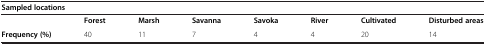
<table><thead><tr><td colspan="8"><b>Sampled locations</b></td></tr></thead><tbody><tr><td> </td><td><b>Forest</b></td><td><b>Marsh</b></td><td><b>Savanna</b></td><td><b>Savoka</b></td><td><b>River</b></td><td><b>Cultivated</b></td><td><b>Disturbed areas</b></td></tr><tr><td><b>Frequency (%)</b></td><td>40</td><td>11</td><td>7</td><td>4</td><td>4</td><td>20</td><td>14</td></tr></tbody></table>